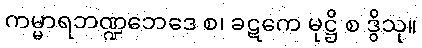
ကမ္မာရဘဏ္ဍဘေဒေ စ၊ ခဋကေ မုဋ္ဌိ စ ဒွိသု။